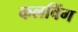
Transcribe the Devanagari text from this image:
कलविंग